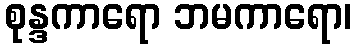
စုန္ဒကာရော ဘမကာရော၊